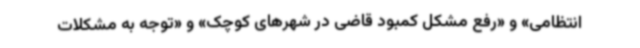
انتظامی» و «رفع مشکل کمبود قاضی در شهرهای کوچک» و «توجه به مشکلات